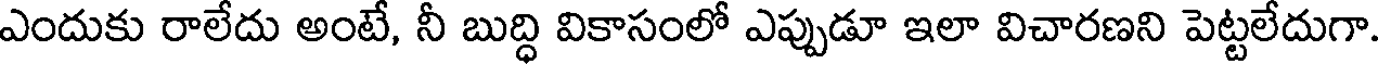
ఎందుకు రాలేదు అంటే, నీ బుద్ధి వికాసంలో ఎప్పుడూ ఇలా విచారణని పెట్టలేదుగా